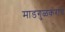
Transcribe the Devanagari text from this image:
माडगुळकरांचे